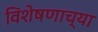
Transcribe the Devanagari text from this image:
विशेषणाच्या